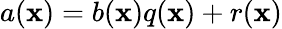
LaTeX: a(\mathbf{x})=b(\mathbf{x})q(\mathbf{x})+r(\mathbf{x})